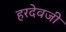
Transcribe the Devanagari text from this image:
हरदेवजी